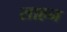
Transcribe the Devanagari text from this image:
साहन